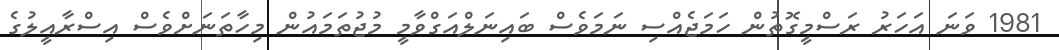
1981 ވަނަ އަހަރު ރަސްމީގޮތުން ހަމަޖެއްސި ނަމަވެސް ބައިނަލްއަގްވާމީ މުޖުތަމައުން މިހާތަނަށްވެސް އިސްރާއީލުގެ